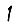
Digit: 1